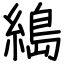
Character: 𦃭